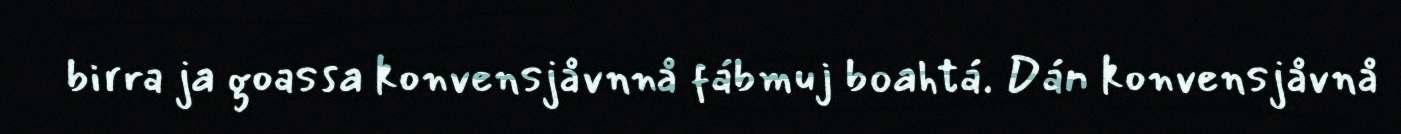
birra ja goassa konvensjåvnnå fábmuj boahtá. Dán konvensjåvnå